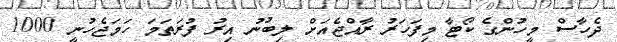
ދެހާސް މީހުންގެ ކޯޓާ މިފަހަރު ރާއްޖެއަށް ލިބުނު އިރު ފުރަތަމަ ހަމަޖެހުނީ 1000